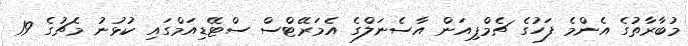
މުބާރާތުގެ އެންމެ ފަހުގެ ޗެމްޕިއަން އާސެނަލްގެ އެމަރޭޓްސް ސްޓޭޑިއަމްގައި ކުޅުނު މެޗުގެ 19